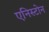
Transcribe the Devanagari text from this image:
एनिस्टोन